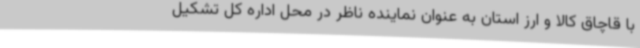
با قاچاق کالا و ارز استان به عنوان نماینده ناظر در محل اداره کل تشکیل